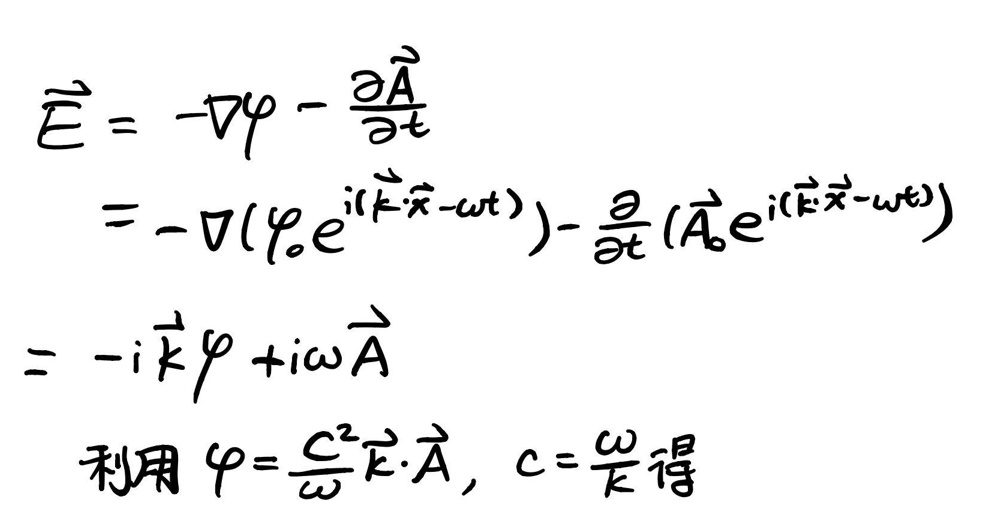
\begin{align*}
\hat{\vec{E}}&=-\vec{\nabla}\varphi-\frac{\partial\vec{A}}{\partial t}\\
&=-\vec{\nabla}(\varphi_0e^{i(\vec{k}\cdot\vec{x}-\omega t)})-\frac{\partial}{\partial t}(\vec{A}_0e^{i(\vec{k}\cdot\vec{x}-\omega t)})\\
&=-i\vec{k}\varphi + i\omega\vec{A}
\end{align*}

利用\(\varphi=\frac{c^2}{\omega}\vec{k}\cdot\vec{A}\), \(c=\frac{\omega}{k}\)得